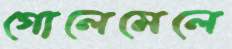
গোলেমেলে